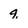
Character: q